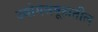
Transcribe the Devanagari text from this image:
उद्योगसमूहातील